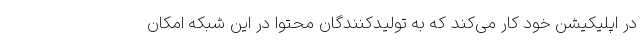
در اپلیکیشن خود کار می‌کند که به تولیدکنندگان محتوا در این شبکه امکان